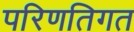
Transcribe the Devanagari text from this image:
परिणतिगत